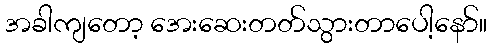
အခါကျတော့ အေးဆေးတတ်သွားတာပေါ့နော်။